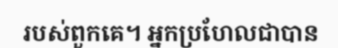
របស់ពួកគេ។ អ្នកប្រហែលជាបាន